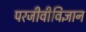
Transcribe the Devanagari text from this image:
परजीवीविज्ञान